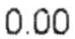
0.00